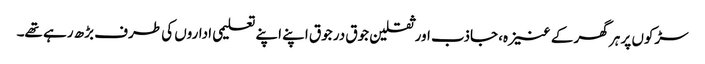
سڑکوں پر ہر گھر کے عنیزہ، جاذب اور ثقلین جوق در جوق اپنے اپنے تعلیمی اداروں کی طرف بڑھ رہے تھے۔